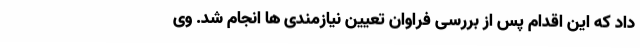
داد که این اقدام پس از بررسی فراوان تعیین نیازمندی ها انجام شد. وی